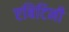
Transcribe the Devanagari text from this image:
एबिटिनी